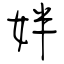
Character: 姅